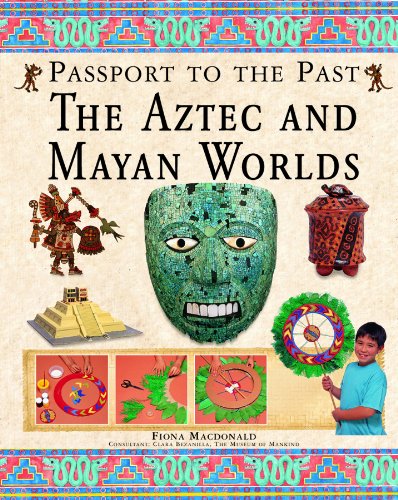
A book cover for The Aztec and Maya Worlds (Passport to the Past); Fiona MacDonald; Children's Books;